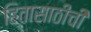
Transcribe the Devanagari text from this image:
हितासाठीची